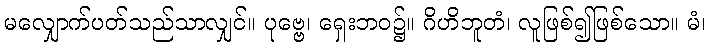
မလျှောက်ပတ်သည်သာလျှင်။ ပုဗ္ဗေ၊ ရှေးဘဝ၌။ ဂိဟိဘူတံ၊ လူဖြစ်၍ဖြစ်သော။ မံ၊